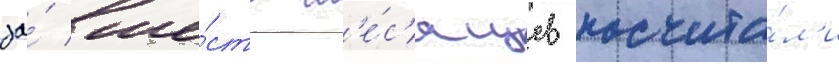
за́ ше́сть м'е́с'яцев посчита́л'и